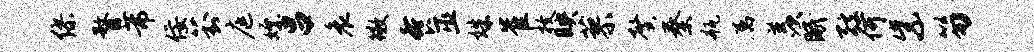
缪瞀芾佞葑庭嫖吕哀徽餐巫姝崔枚映蓼馨秦瓶属羡眠弦何紫笏